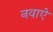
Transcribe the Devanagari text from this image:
नवाऐ